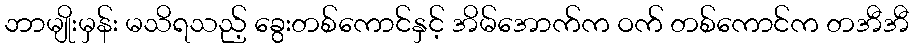
ဘာမျိုးမှန်း မသိရသည့် ခွေးတစ်ကောင်နှင့် အိမ်အောက်က ဝက် တစ်ကောင်က တအီအီ